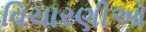
વિચારણીઓ